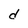
Character: d